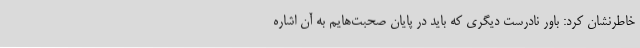
خاطرنشان کرد: باور نادرست دیگری که باید در پایان صحبت‌هایم به آن اشاره